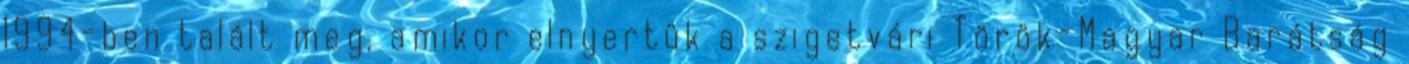
1994-ben talált meg, amikor elnyertük a szigetvári Török-Magyar Barátság